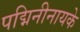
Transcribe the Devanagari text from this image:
पद्मिनीनायके